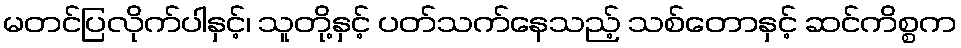
မတင်ပြလိုက်ပါနှင့်၊ သူတို့နှင့် ပတ်သက်နေသည့် သစ်တောနှင့် ဆင်ကိစ္စက